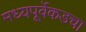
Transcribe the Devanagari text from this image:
मध्यपूर्वेकडचा